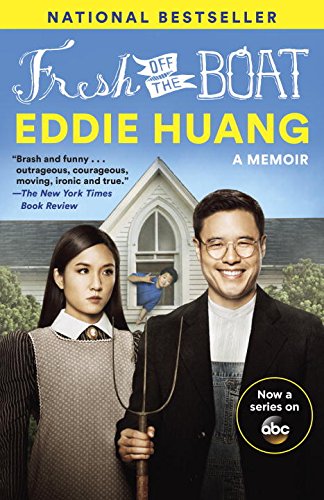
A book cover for Fresh Off the Boat (TV Tie-in Edition): A Memoir; Eddie Huang; Travel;